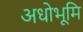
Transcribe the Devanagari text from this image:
अधोभूमि